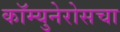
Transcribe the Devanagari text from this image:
कॉम्युनेरोसचा